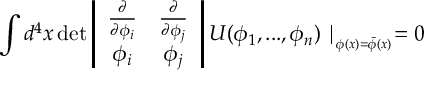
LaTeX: \int d ^ { 4 } x \operatorname * { d e t } \left| \begin{array} { c c } { { \frac { \partial } { \partial \phi _ { i } } } } & { { \frac { \partial } { \partial \phi _ { j } } } } \\ { { \phi _ { i } } } & { { \phi _ { j } } } \end{array} \right| U ( \phi _ { 1 } , . . . , \phi _ { n } ) \mid _ { _ { \phi ( x ) = \bar { \phi } ( x ) } } = 0